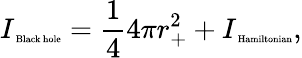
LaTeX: I_{\mathrm{\tiny~Black~hole}}=\frac{1}{4}4\pi r_{+}^{2}+I_{\mathrm{\tiny~Hamiltonian}},